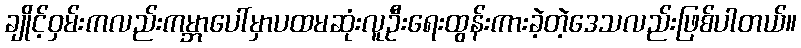
ချိုင့်ဝှမ်းကလည်းကမ္ဘာပေါ်မှာပထမဆုံးလူဦးရေးထွန်းကားခဲ့တဲ့ဒေသလည်းဖြစ်ပါတယ်။